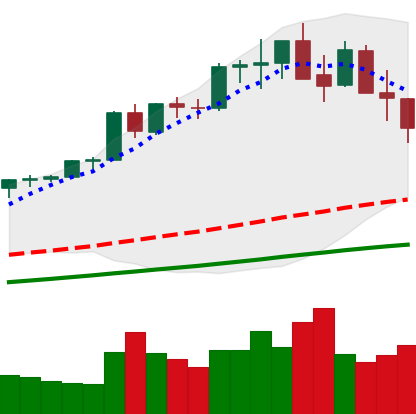
Ticker: ETH-USD
Chart end date: 2021-05-17
Forward return: -30.06%
Label: down_7plus